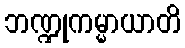
ဘဏ္ဍုကမ္မာယာတိ